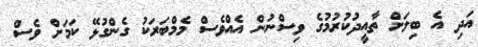
އަދި އެ ބިލަށް ތާއީދުކުރުމުގެ ވިސްނުން އެއްވެސް މެމްބަރަކު ގެންގުޅޭ ކަމަށް ވެސް